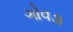
ગોવડા